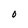
Character: N